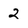
Character: 2